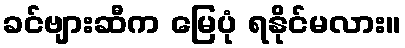
ခင်ဗျားဆီက မြေပုံ ရနိုင်မလား။